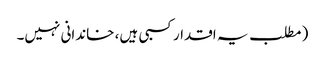
( مطلب یہ اقدار کسبی ہیں، خاندانی نہیں۔